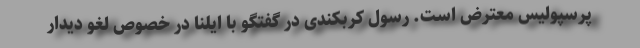
پرسپولیس معترض است. رسول کربکندی در گفتگو با ایلنا در خصوص لغو دیدار